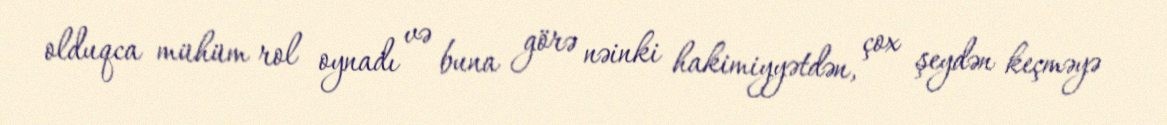
olduqca mühüm rol oynadı və buna görə nəinki hakimiyyətdən, çox şeydən keçməyə